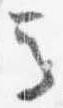
馬